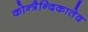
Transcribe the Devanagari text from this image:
कोन्त्रैन्दिकातेद